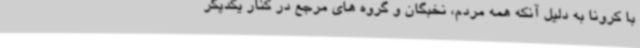
با کرونا به دلیل آنکه همه مردم،‌ نخبگان و گروه های مرجع در کنار یکدیگر